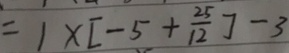
= 1 \times [ - 5 + \frac { 2 5 } { 1 2 } ] - 3